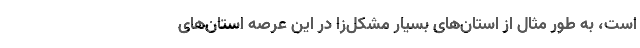
است، به طور مثال از استان‌های بسیار مشکل‌زا در این عرصه استان‌های